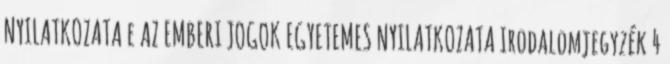
NYILATKOZATA e AZ EMBERI JOGOK EGYETEMES NYILATKOZATA Irodalomjegyzék 4